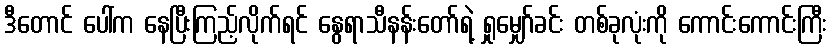
ဒီတောင် ပေါ်က နေပြီးကြည့်လိုက်ရင် နွေရာသီနန်းတော်ရဲ့ ရှုမျှော်ခင်း တစ်ခုလုံးကို ကောင်းကောင်းကြီး